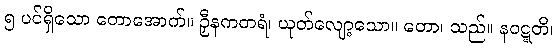
၅ ပင်ရှိသော တောအောက်။ ဉှီနကတရံ၊ ယုတ်လျော့သော။ တော၊ သည်။ နဝဋ္ဋတိ၊